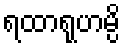
ရထာရုဟမ္ပိ